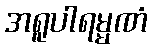
အရူပါရမ္မဏံ